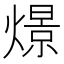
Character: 燝